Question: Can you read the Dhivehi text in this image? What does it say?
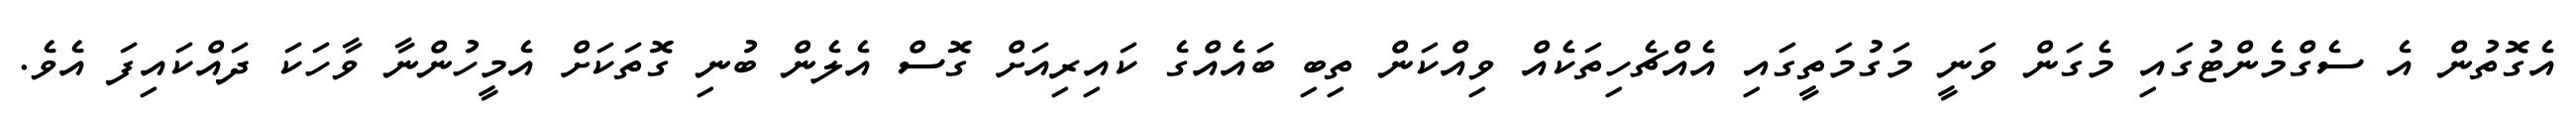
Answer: އެގޮތުން އެ ސެގްމެންޓުގައި މެގަން ވަނީ މަގުމަތީގައި އެއްޗެހިތަކެއް ވިއްކަން ތިބި ބައެއްގެ ކައިރިއަށް ގޮސް އެލެން ބުނި ގޮތަކަށް އެމީހުންނާ ވާހަކަ ދައްކައިފަ އެވެ.